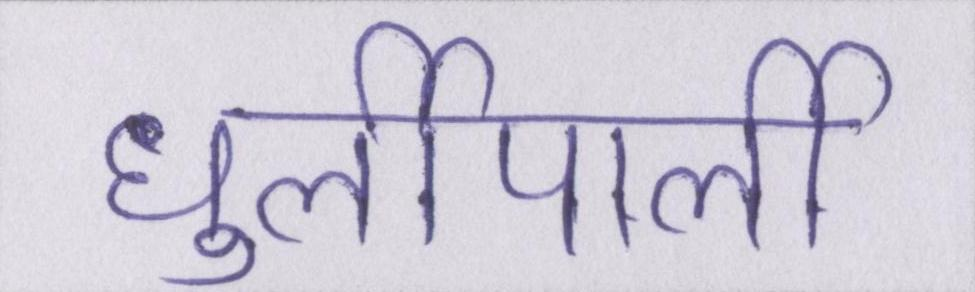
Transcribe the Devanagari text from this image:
धुर्लीपार्ली